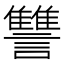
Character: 讐